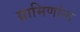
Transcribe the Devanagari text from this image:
ग्रामिणांना